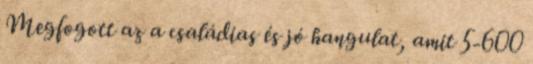
Megfogott az a családias és jó hangulat, amit 5-600